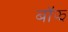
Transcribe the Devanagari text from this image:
बॉझ